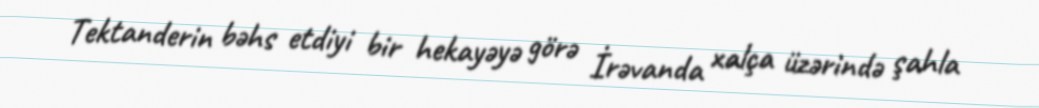
Tektanderin bəhs etdiyi bir hekayəyə görə İrəvanda xalça üzərində şahla